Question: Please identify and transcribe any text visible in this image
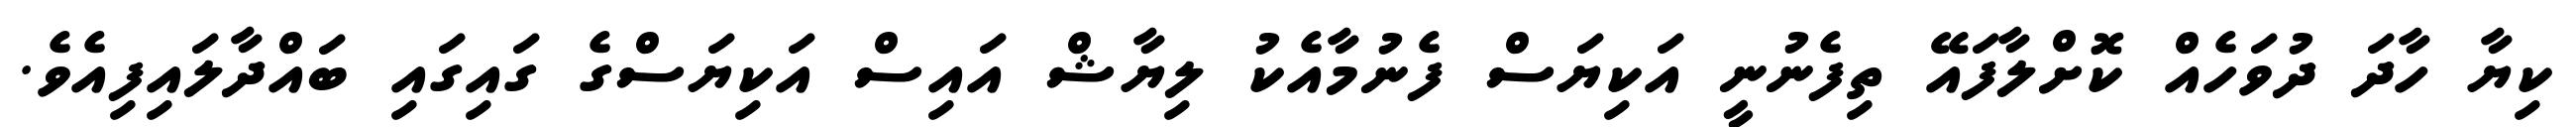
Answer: ކިޔާ ހާދަ ދުވަހެއް ކޮށްލާފައޭ ތިފެނުނީ އަކިޔަސް ފެނުމާއެކު ލިޔާޝް އައިސް އަކިޔަސްގެ ގައިގައި ބައްދާލައިފިއެވެ.